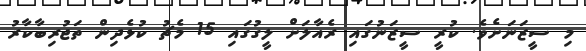
މި ސީޒަނަށެވެ. ކުރީ ސީޒަނުގައި ރެއާލަށް ލީގުގައި 15 މެޗު ކުޅެދިން ތަޖުރިބާކާރު